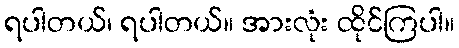
ရပါတယ်၊ ရပါတယ်။ အားလုံး ထိုင်ကြပါ။